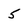
Character: 5